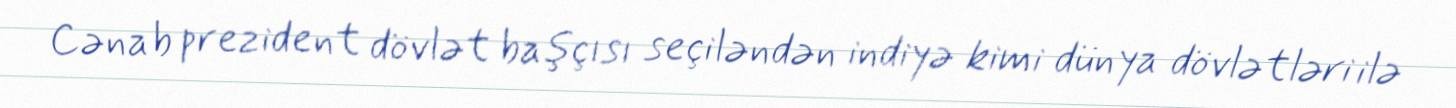
Cənab prezident dövlət başçısı seçiləndən indiyə kimi dünya dövlətləri ilə